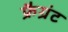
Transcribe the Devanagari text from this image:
फ्रैग्रंट